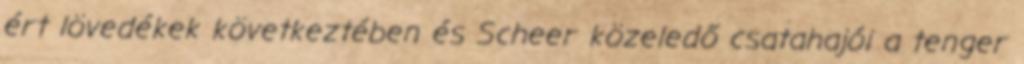
ért lövedékek következtében és Scheer közeledő csatahajói a tenger